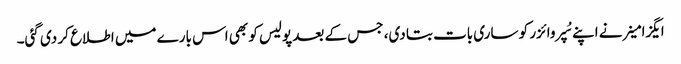
ایگزامینر نے اپنے سُپروائزر کو ساری بات بتا دی، جس کے بعد پولیس کو بھی اس بارے میں اطلاع کر دی گئی۔